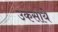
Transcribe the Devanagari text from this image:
उकसाये